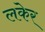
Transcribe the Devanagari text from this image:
लकेर